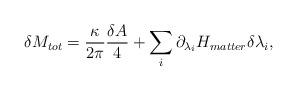
LaTeX: \begin{align*}\delta M_{tot}={\kappa\over 2\pi}{\delta A\over 4} + \sum_i\partial_{\lambda_i}H_{matter}\delta\lambda_i,\end{align*}